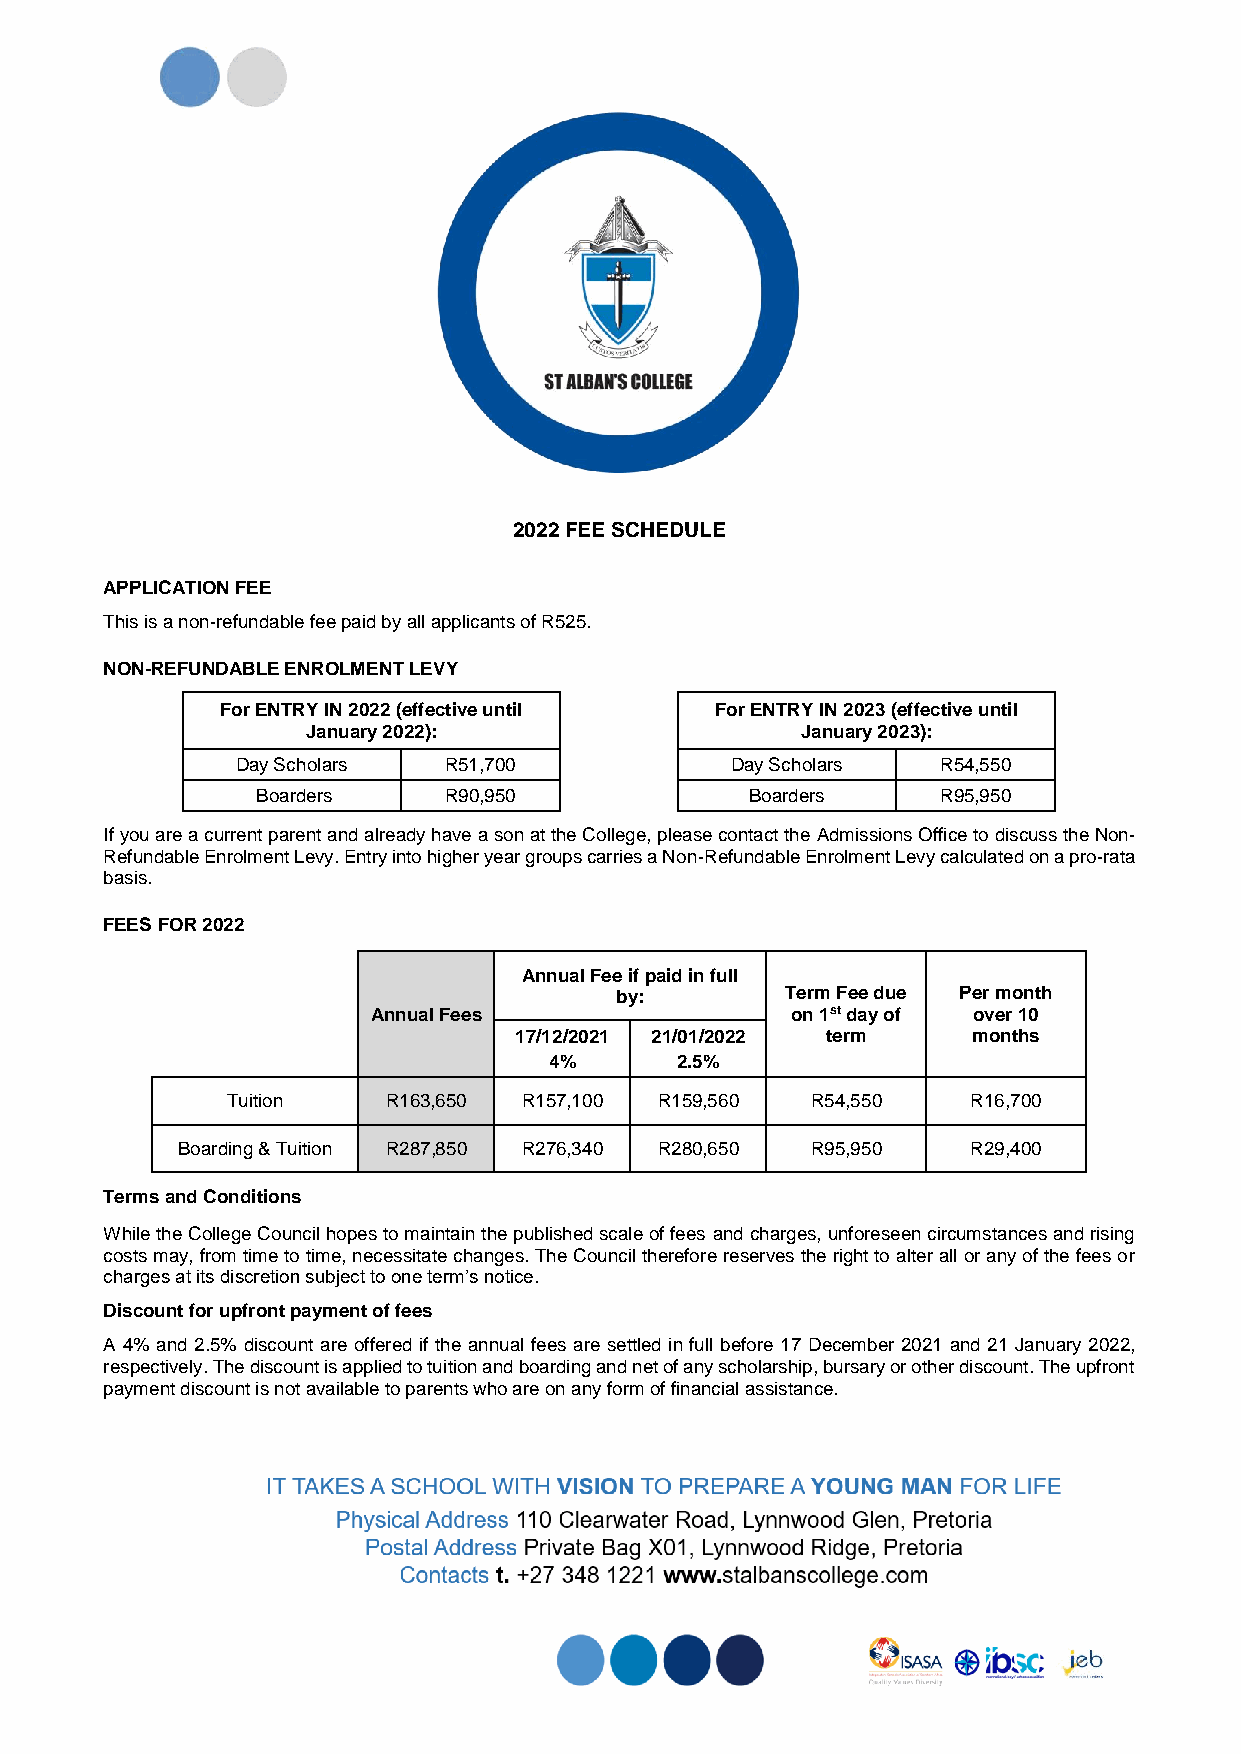
2022 FEE SCHEDULE
 APPLICATION FEE
 This is a non-refundable fee paid by all applicants of R525.
 NON-REFUNDABLE ENROLMENT LEVY
 For ENTRY IN 2022 (effective until For ENTRY IN 2023 (effective until
 January 2022):                   January 2023):
 Day Scholars R51,700            Day Scholars  R54,550
 Boarders    R90,950              Boarders    R95,950
 If you are a current parent and already have a son at the College, please contact the Admissions Office to discuss the Non-
 Refundable Enrolment Levy. Entry into higher year groups carries a Non-Refundable Enrolment Levy calculated on a pro-rata
 basis.
 FEES FOR 2022
 Annual Fee if paid in full
 by:        Term Fee due Per month
 Annual Fees                on 1st day of over 10
 17/12/2021 21/01/2022 term    months
 4%       2.5%
 Tuition    R163,650 R157,100 R159,560  R54,550   R16,700
 Boarding & Tuition R287,850 R276,340 R280,650 R95,950 R29,400
 Terms and Conditions
 While the College Council hopes to maintain the published scale of fees and charges, unforeseen circumstances and rising
 costs may, from time to time, necessitate changes. The Council therefore reserves the right to alter all or any of the fees or
 charges at its discretion subject to one term’s notice.
 Discount for upfront payment of fees
 A 4% and 2.5% discount are offered if the annual fees are settled in full before 17 December 2021 and 21 January 2022,
 respectively. The discount is applied to tuition and boarding and net of any scholarship, bursary or other discount. The upfront
 payment discount is not available to parents who are on any form of financial assistance.